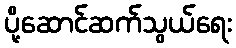
ပို့ဆောင်ဆက်သွယ်ရေး